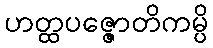
ဟတ္ထပဇ္ဇောတိကမ္ပိ